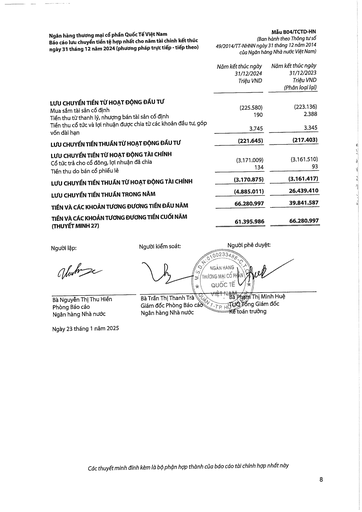
||Năm kết thúc ngày 31/12/2024 Triệu VND|Năm kết thúc ngày 31/12/2023 Triệu VND (Phân loại lại)| |---|---|---| |LƯU CHUYỂN TIỀN TỪ HOẠT ĐỘNG ĐẦU TƯ||| |Mua sắm tài sản cố định|(225.580)|(223.136)| |Tiền thu từ thanh lý, nhượng bán tài sản cố định|190|2.388| |Tiền thu cổ tức và lợi nhuận được chia từ các khoản đầu tư, góp vốn dài hạn|3.745|3.345| |LƯU CHUYỂN TIỀN THUẦN TỪ HOẠT ĐỘNG ĐẦU TƯ|(221.645)|(217.403)| |LƯU CHUYỂN TIỀN TỪ HOẠT ĐỘNG TÀI CHÍNH Cổ tức trả cho cổ đông, lợi nhuận đã chia|(3.171.009)|(3.161.510)| |Tiền thu do bán cổ phiếu lẻ|134|93| |LƯU CHUYỂN TIỀN THUẦN TỪ HOẠT ĐỘNG TÀI CHÍNH|(3.170.875)|(3.161.417)| |LƯU CHUYỂN TIỀN THUẦN TRONG NĂM|(4.885.011)|26.439.410| |TIỀN VÀ CÁC KHOẢN TƯƠNG ĐƯƠNG TIỀN ĐẦU NĂM|66.280.997|39.841.587| |TIỀN VÀ CÁC KHOẢN TƯƠNG ĐƯƠNG TIỀN CUỐI NĂM (THUYẾT MINH 27)|61.395.986|66.280.997|